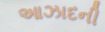
આઝાદની